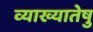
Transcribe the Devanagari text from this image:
व्याख्यातेषु